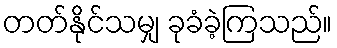
တတ်နိုင်သမျှ ခုခံခဲ့ကြသည်။